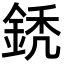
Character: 鋵